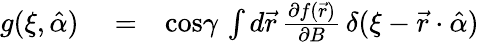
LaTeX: \begin{array}{rlr}{g(\xi,\hat{\alpha})}&{{}=}&{\mathrm{cos}\gamma\, \int d{\vec{r}}\, \frac{\partial f(\vec{r})}{\partial B}\, \delta(\xi-\vec{r}\cdot\hat{\alpha})}\end{array}